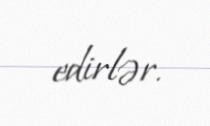
edirlər.